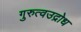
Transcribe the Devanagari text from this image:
गुरुत्वउद्रोध